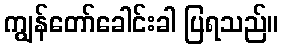
ကျွန်တော်ခေါင်းခါ ပြရသည်။